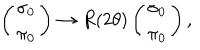
\left( \begin{matrix} { { \sigma _ { 0 } } } \\ { { \pi _ { 0 } } } \\ \end{matrix} \right) \rightarrow R ( 2 \theta ) \left( \begin{matrix} { { \sigma _ { 0 } } } \\ { { \pi _ { 0 } } } \\ \end{matrix} \right) ,